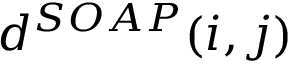
d ^ { S O A P } ( i , j )